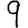
Digit: 9